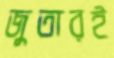
জুতারই